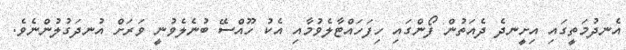
އެނދުމަތީގައި އިށީނދެ ދެއަތުން ފޯންގައި ހިފަހައްޓާލެވުމާއި އެކު ހޫއްސޭ ބުނެލެވުނީ ވަރަށް އުނދަގުލުންނެވެ.